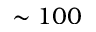
\sim 1 0 0